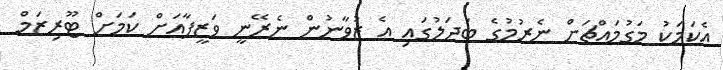
އެކަމަކު މަގުމައްޗަށް ނެރުމުގެ ބަދަލުގައި އެ ޒުވާނުން ނެރޭނީ ވަޒީފާއަށް ކަމަށް ޓޫރިޒަމް